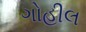
ગોહીલ